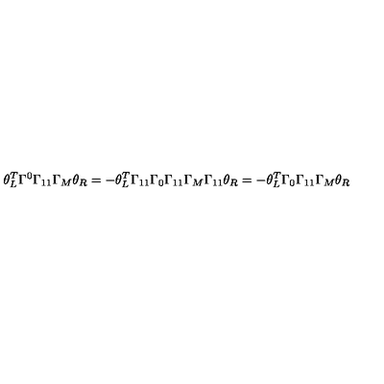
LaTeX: \theta _ { L } ^ { T } \Gamma ^ { 0 } \Gamma _ { 1 1 } \Gamma _ { M } \theta _ { R } = - \theta _ { L } ^ { T } \Gamma _ { 1 1 } \Gamma _ { 0 } \Gamma _ { 1 1 } \Gamma _ { M } \Gamma _ { 1 1 } \theta _ { R } = - \theta _ { L } ^ { T } \Gamma _ { 0 } \Gamma _ { 1 1 } \Gamma _ { M } \theta _ { R }